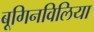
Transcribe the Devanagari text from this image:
बूगिनविलिया